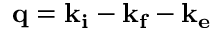
\mathbf { q } = \mathbf { k _ { i } } - \mathbf { k _ { f } } - \mathbf { k _ { e } }